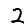
Digit: 2